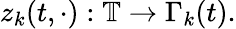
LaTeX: z_{k}(t,\cdot):\mathbb{T}\rightarrow\Gamma_{k}(t).